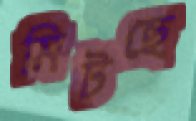
মিটছে